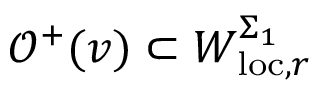
\mathcal { O } ^ { + } ( v ) \subset W _ { \mathrm { l o c } , r } ^ { \Sigma _ { 1 } }